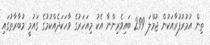
ތިން އުމުރުފުރާއަކުން ޖުމްލަ 299 ބައިވެރިންނާ އެކު މިއަހަރުގެ ވާހަކަދެއްކުމުގެ ގައުމީ މުބާރާތުގައި